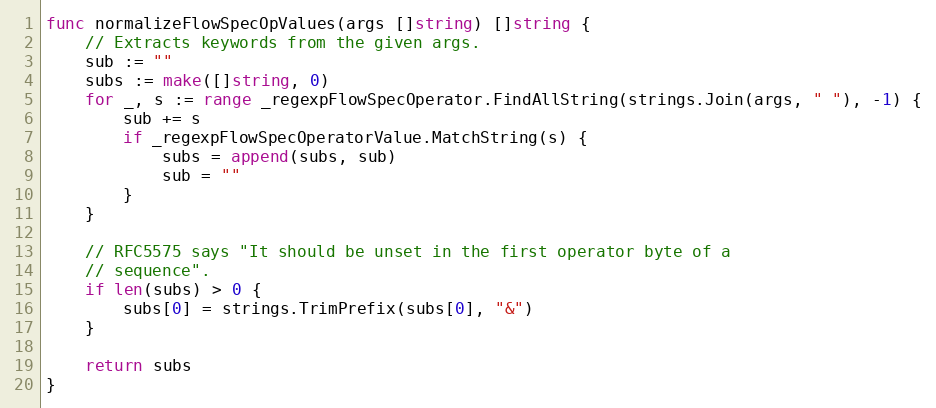
Language: Go
func normalizeFlowSpecOpValues(args []string) []string {
	// Extracts keywords from the given args.
	sub := ""
	subs := make([]string, 0)
	for _, s := range _regexpFlowSpecOperator.FindAllString(strings.Join(args, " "), -1) {
		sub += s
		if _regexpFlowSpecOperatorValue.MatchString(s) {
			subs = append(subs, sub)
			sub = ""
		}
	}

	// RFC5575 says "It should be unset in the first operator byte of a
	// sequence".
	if len(subs) > 0 {
		subs[0] = strings.TrimPrefix(subs[0], "&")
	}

	return subs
}